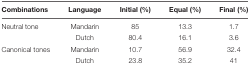
<table><thead><tr><td><b>Combinations</b></td><td><b>Language</b></td><td><b>Initial (%)</b></td><td><b>Equal (%)</b></td><td><b>Final (%)</b></td></tr></thead><tbody><tr><td>Neutral tone</td><td>Mandarin</td><td>85</td><td>13.3</td><td>1.7</td></tr><tr><td></td><td>Dutch</td><td>80.4</td><td>16.1</td><td>3.6</td></tr><tr><td>Canonical tones</td><td>Mandarin</td><td>10.7</td><td>56.9</td><td>32.4</td></tr><tr><td></td><td>Dutch</td><td>23.8</td><td>35.2</td><td>41</td></tr></tbody></table>